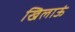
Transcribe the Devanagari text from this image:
खिलाऊं